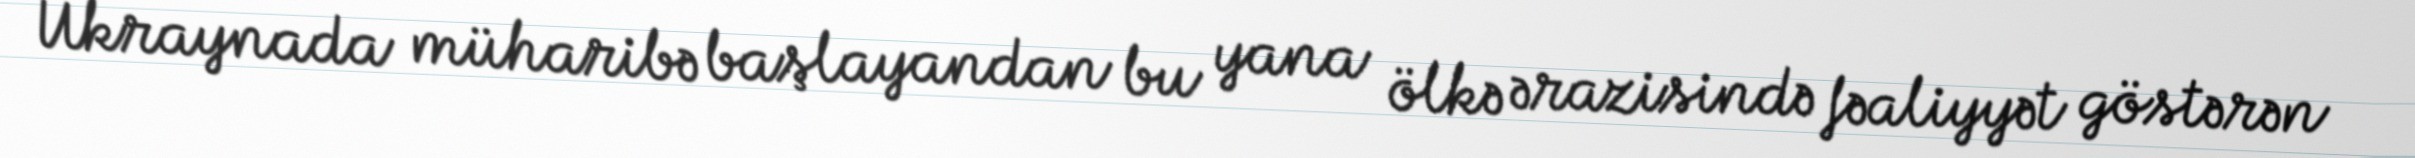
Ukraynada müharibə başlayandan bu yana ölkə ərazisində fəaliyyət göstərən